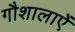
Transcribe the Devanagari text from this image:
गौशालाऐं